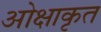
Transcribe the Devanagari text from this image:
ओक्षाकृत